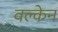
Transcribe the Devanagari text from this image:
वल्केन